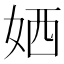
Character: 㛉